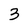
Character: 3